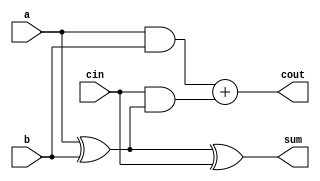
module full_adder (
    a,
    b,
    cin,
    cout,
    sum
);
  input a, b, cin;
  output cout, sum;

  assign sum  = a ^ b ^ cin;
  assign cout = (a & b) + (cin & (a ^ b));
endmodule

`timescale 1ps / 1ps

module testbench;
  reg a, b, cin;
  wire cout, sum;

  full_adder dut (
      a,
      b,
      cin,
      cout,
      sum
  );

  initial begin
    #0{a, b, cin} = 3'b000;
    #2{a, b, cin} = 3'b001;
    #2{a, b, cin} = 3'b010;
    #2{a, b, cin} = 3'b011;
    #2{a, b, cin} = 3'b100;
    #2{a, b, cin} = 3'b101;
    #2{a, b, cin} = 3'b110;
    #2{a, b, cin} = 3'b111;
  end

  initial
    $monitor(
        "time = %g, a = %b, b = %b, cin = %b, cout = %b, sum = %b", $time, a, b, cin, cout, sum
    );
endmodule

/*OUTPUT:
time = 0, a = 0, b = 0, cin = 0, cout = 0, sum = 0
time = 2, a = 0, b = 0, cin = 1, cout = 0, sum = 1
time = 4, a = 0, b = 1, cin = 0, cout = 0, sum = 1
time = 6, a = 0, b = 1, cin = 1, cout = 1, sum = 0
time = 8, a = 1, b = 0, cin = 0, cout = 0, sum = 1
time = 10, a = 1, b = 0, cin = 1, cout = 1, sum = 0
time = 12, a = 1, b = 1, cin = 0, cout = 1, sum = 0
time = 14, a = 1, b = 1, cin = 1, cout = 1, sum = 1 
*/